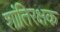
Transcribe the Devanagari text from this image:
शांतिरक्षक